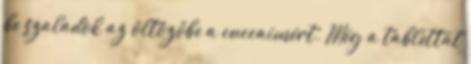
be szaladok az öltözőbe a cuccaimért. Még a tablettát